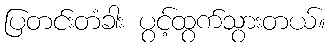
ပြတင်းတံခါး ပွင့်ထွက်သွားတယ်။